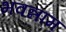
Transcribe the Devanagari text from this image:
भवन्नाम